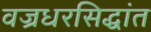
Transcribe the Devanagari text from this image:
वज्रधरसिद्धांत